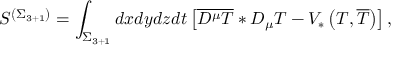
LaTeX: S ^ { \left( \Sigma _ { 3 + 1 } \right) } = \int _ { \Sigma _ { 3 + 1 } } d x d y d z d t \left[ \overline { { { D ^ { \mu } T } } } * D _ { \mu } T - V _ { * } \left( T , \overline { { { T } } } \right) \right] ,